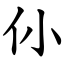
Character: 仦